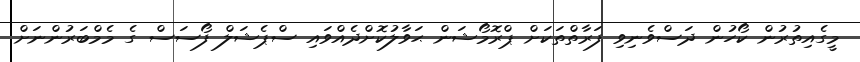
މީގެއިތުރުން ކޯހުން ދަސްވެނިވި ފަރާތްތަކަށް ޕްރޮމޯޝަން ޙަވާލުކޮށްދެއްވައި ސްޕެޝަލް ފޯސަސް ގެ މެމްބަރުންނަށް